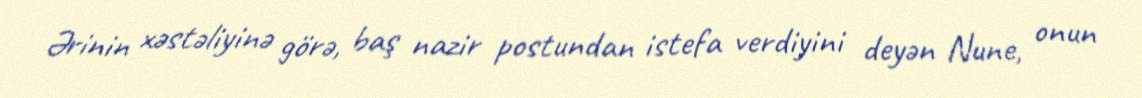
Ərinin xəstəliyinə görə, baş nazir postundan istefa verdiyini deyən Nune, onun